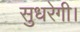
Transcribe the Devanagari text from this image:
सुधरेगी।